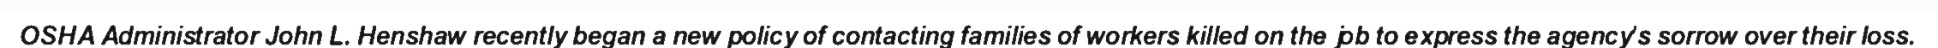
OSHA Administrator John L. Henshaw recently began a new policy of contacting families of workers killed on the job to express the agency's sorrow over their loss.